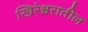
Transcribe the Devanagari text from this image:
खिरेश्वरातील